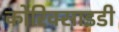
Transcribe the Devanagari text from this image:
कोरिक्साइडी